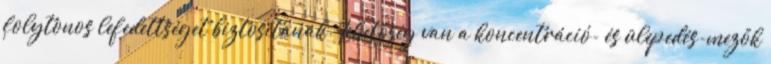
folytonos lefedettséget biztosítanak. Lehetőség van a koncentráció- és ülepedés-mezők